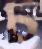
চ